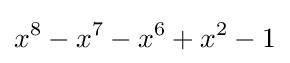
x^{8}-x^{7}-x^{6}+x^{2}-1